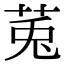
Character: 𫟏